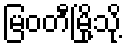
မြဝတီမြို့သို့